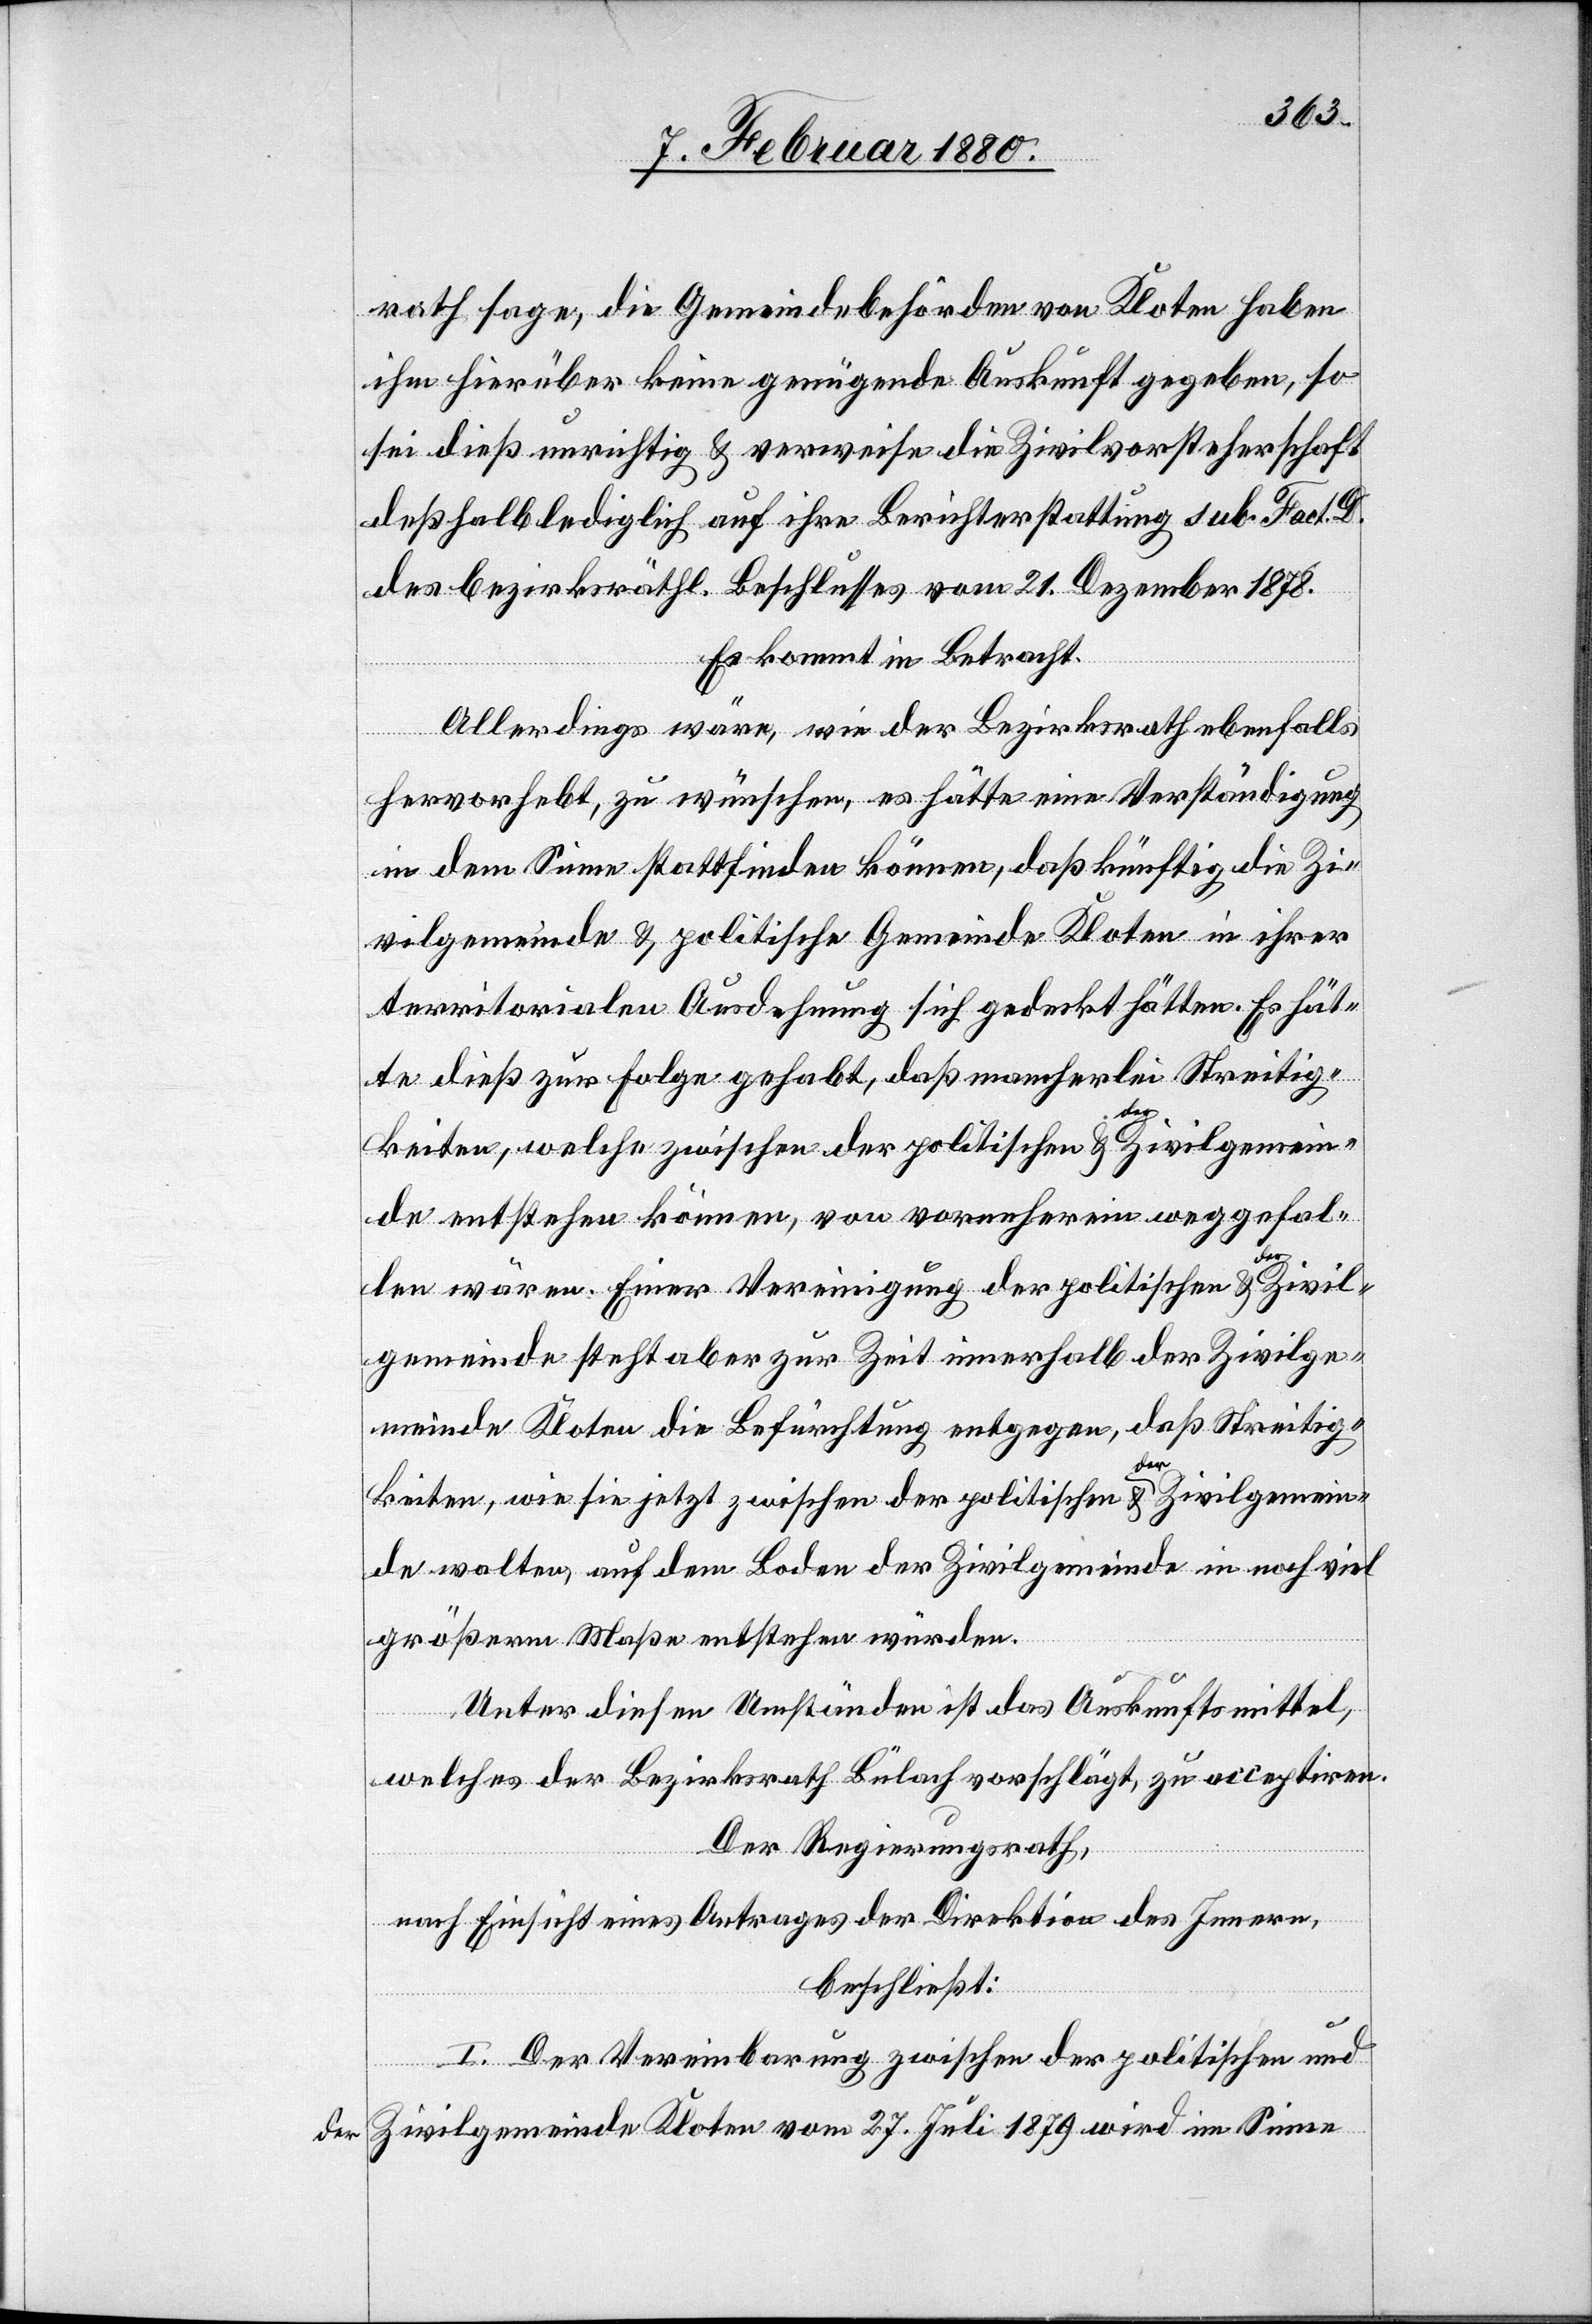
der

rath sage, die Gemeindebehörden von Kloten haben
ihm hierüber keine genügende Auskunft gegeben, so
sei dieß unrichtig & verweise die Zivilvorsteherschaft
deßhalb lediglich auf ihre Berichterstattung sub. Fact. D.
des bezirksräthl. Beschlusses vom 21. Dezember 1878.
Es kommt in Betracht:
Allerdings wäre, wie der Bezirksrath ebenfalls
hervorhebt, zu wünschen, es hätte eine Verständigung
in dem Sinne stattfinden können, daß künftig die Zi¬
vilgemeinde & politische Gemeinde Kloten in ihrer
territorialen Ausdehnung sich gedeckt hätten. Es hät¬
te dieß zur Folge gehabt, daß mancherlei Streitig¬
keiten, welche zwischen der politischen & der Zivilgemein¬
de entstehen können, von vornherein weggefal¬
len wären. Einer Vereinigung der politischen & der Zivil¬
gemeinde steht aber zur Zeit innerhalb der Zivilge¬
meinde Kloten die Befürchtung entgegen, daß Streitig¬
keiten, wie sie jetzt zwischen der politischen & der Zivilgemein¬
de walten, auf dem Boden der Zivilgemeinde in noch viel
größerm Maße entstehen würden.
Unter diesen Umständen ist das Auskunftsmittel,
welches der Bezirksrath Bülach vorschlägt, zu acceptiren.
Der Regierungsrath,
nach Einsicht eines Antrages der Direktion des Innern,
beschließt:
I. Der Vereinbarung zwischen der politischen und
Zivilgemeinde Kloten vom 27. Juli 1879 wird im Sinne